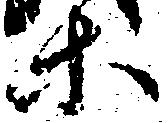
等